Punjab Mental Hospital Lahore 1932-46 - 1932-1946
Year: 1932
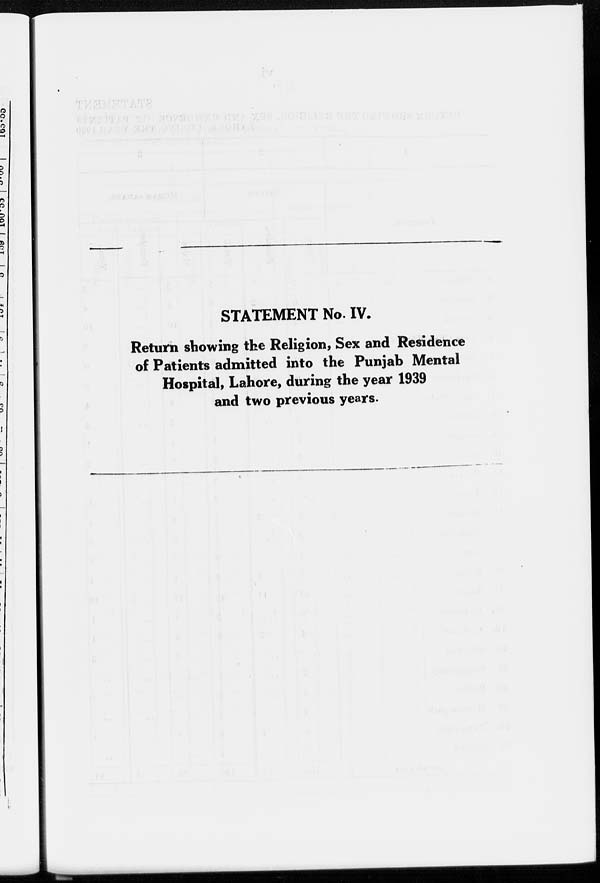
STATEMENT No. IV.
Return showing the Religion, Sex and Residence
of Patients admitted into the Punjab Mental
Hospital, Lahore, during the year 1939
and two previous years.